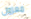
معزول